Report on lock hospitals in British Burma
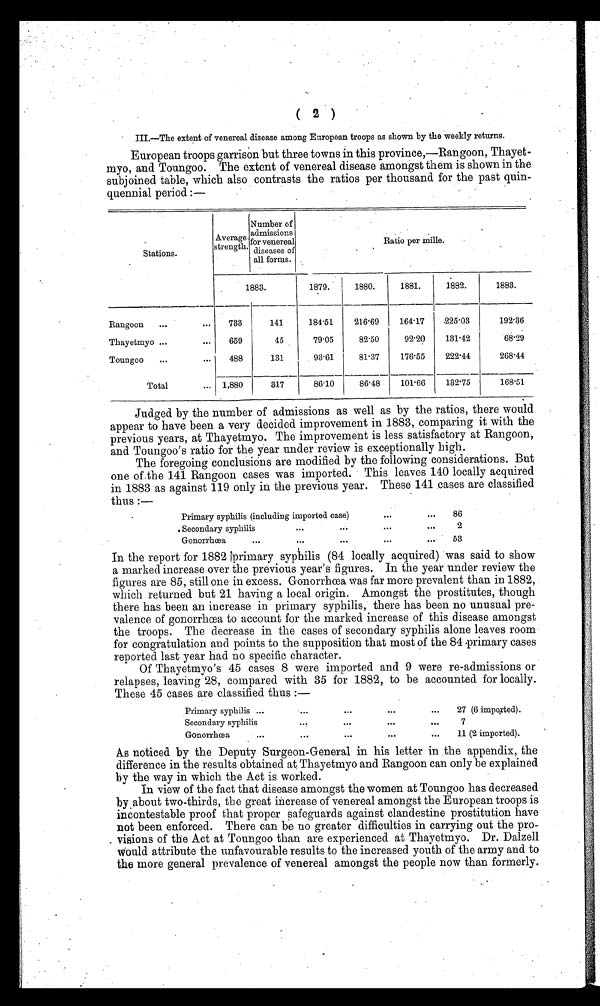
( 2 )
III.—The extent of venereal disease among European troops as shown by the Weekly returns.
European troops garrison but three towns in this province,—Rangoon, Thayet-
myo, and Toungoo. The extent of venereal disease amongst them is shown in the
subjoined table, which also contrasts the ratios per thousand for the past quin-
quennial period :—
Stations.
Average
strength.
Number of
admissions
for venereal
diseases of
all forms.
Ratio per mille.
1883.
1879.
1880.
1881.
1882.
1883.
Rangoon
...
...
733
141
184.51
216.69
164.17
225.03
192.36
Thayetmyo ...
...
659
45
79.05
82.50
92.20
131.42
68.29
Toungoo
...
...
488
131
93.61
81.37
176.55
222.44
268.44
Total
... 1,880
317
86.10
86.48
101.66
132'75
168.51
Judged by the number of admissions as well as by the ratios, there would
appear to have been a very decided improvement in 1883, comparing it with the
previous years, at Thayetmyo. The improvement is less satisfactory at Rangoon,
and Toungoo's ratio for the year under review is exceptionally high.
The foregoing conclusions are modified by the following considerations. But
one of the 141 Rangoon cases was imported. This leaves 140 locally acquired
in 1883 as against 119 only in the previous year. These 141 cases are classified
thus :—
Primary syphilis (including imported case)
...
...
86
Secondary syphilis
. . .
...
...
...
2
Gonorrhœa
...
...
. . .
...
...
53
In the report for 1882 primary syphilis (84 locally acquired) was said to show
a marked increase over the previous year's figures. In the year under review the
figures are 85, still one in excess. Gonorrhœa was far more prevalent than in 1882,
which returned but 21 having a local origin. Amongst the prostitutes, though
there has been an increase in primary syphilis, there has been no unusual pre-
valence of gonorrhœa to account for the marked increase of this disease amongst
the troops. The decrease in the cases of secondary syphilis alone leaves room
for congratulation and points to the supposition that most of the 84 .primary cases
reported last year had no specific character.
Of Thayetmyo's 45 cases 8 were imported and 9 were re-admissions or
relapses, leaving 28, compared with 35 for 1882, to be accounted for locally.
These 45 cases are classified thus :—
Primary syphilis ...
...
. . .
. . .
...
27 (6 imported).
Secondary syphilis
...
. . .
. . .
. . .
7
Gonorrhœa
...
. . .
. . .
. . .
...
11 (2 imported).
As noticed by the Deputy Surgeon-General in his letter in the appendix, the
difference in the results obtained at Thayetmyo and Rangoon can only be explained
by the way in which the Act is worked.
In view of the fact that disease amongst the women at Toungoo has decreased
by about two-thirds, the great increase of venereal amongst the European troops is
incontestable proof that proper safeguards against clandestine prostitution have
not been enforced. There can be no greater difficulties in carrying out the pro-
visions of the Act at Toungoo than are experienced at Thayetmyo. Dr. Dalzell
w o u l d a t t r i b u t e t h e u n f a v o u r a b l e r e s u l t s t o t h e i n c r e a s e d y o u t h o f t h e a r m y a n d
t o
the more general prevalence of venereal amongst the people now than formerly.